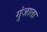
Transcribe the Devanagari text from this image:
गुंजाता